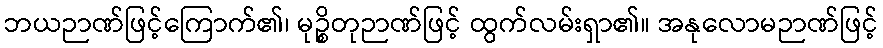
ဘယဉာဏ်ဖြင့်ကြောက်၏၊ မုဉ္စိတုဉာဏ်ဖြင့် ထွက်လမ်းရှာ၏။ အနုလောမဉာဏ်ဖြင့်